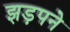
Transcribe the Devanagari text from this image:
झड़पने